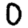
Digit: 0